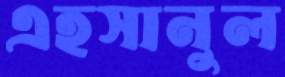
এহসানুল